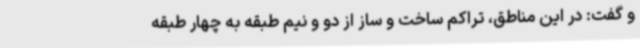
و گفت: در این مناطق، تراکم ساخت و ساز از دو و نیم طبقه به چهار طبقه